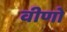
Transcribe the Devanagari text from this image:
वीणो